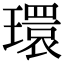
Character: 環